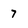
Character: 7